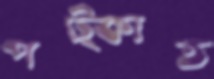
পট্‌কাত